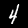
Digit: 4